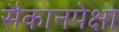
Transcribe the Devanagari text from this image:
सैकानपेक्षा